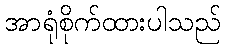
အာရုံစိုက်ထားပါသည်